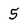
Character: 5